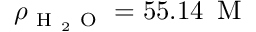
\rho _ { \mathrm { ~ H ~ } _ { 2 } \mathrm { ~ O ~ } } = 5 5 . 1 4 \, \mathrm { ~ M ~ }